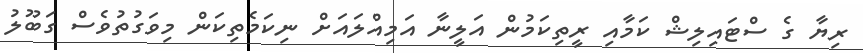
ރިޔާ ގެ ސްޓައިލިޝް ކަމާއި ރީތިކަމުން އަލީނާ އަމިއްލައަށް ނިކަމެތިކަން މިވަގުތުވެސް ގަބޫލު